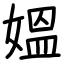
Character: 媼